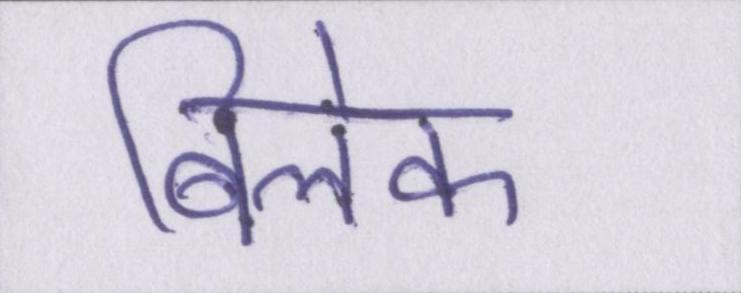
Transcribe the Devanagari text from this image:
बिलेक